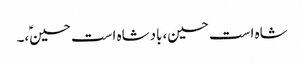
شاہ است حسین،بادشاہ است حسینؑ،۔